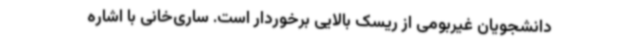
دانشجویان غیربومی از ریسک بالایی برخوردار است. ساری‌خانی با اشاره